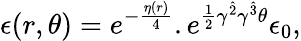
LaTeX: \epsilon(r,\theta)=e^{-{\frac{\eta(r)}{4}}}.e^{{\frac{1}{2}}\gamma^{\hat{2}}\gamma^{\hat{3}}\theta}\epsilon_{0},